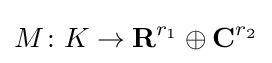
M\colon K\to \mathbf {R} ^{r_{1}}\oplus \mathbf {C} ^{r_{2}}